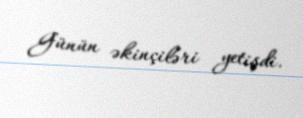
Günün əkinçiləri yetişdi.